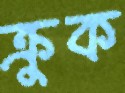
ক্রুক